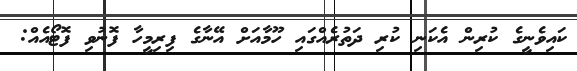
ކައިވެނީގެ ކުރިން އެކަނި ކުރި ދަތުރެއްގައި ހޫމާއަށް އޭނާގެ ފިރިމީހާ ފޮނުވި ފޮޓޯއެއް: